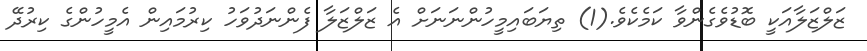
ޒަލްޒަލާއަކީ ބޮޑުވެގެންވާ ކަމެކެވެ.(1) ތިޔަބައިމީހުންނަނަށް އެ ޒަލްޒަލާ ފެންނަދުވަހު ކިރުމައިން އެމީހުންގެ ކިރުދޭ